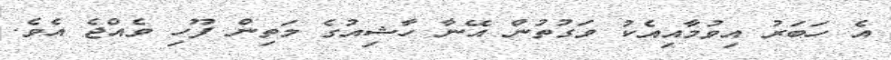
އެ ހަބަރު އިވުމާއިއެކު ވަގުތުން އޭނާ ހާޝިއުގެ މަތިން ފޫހި ވެއްޖެ އެވެ.